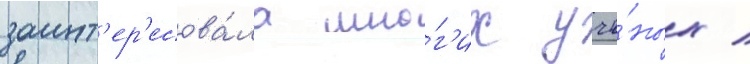
заинт'ер'есова́ла мно́г'их учё́ных /